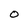
Character: O